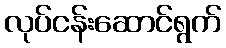
လုပ်ငန်းဆောင်ရွက်